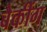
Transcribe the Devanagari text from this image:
बैकींग